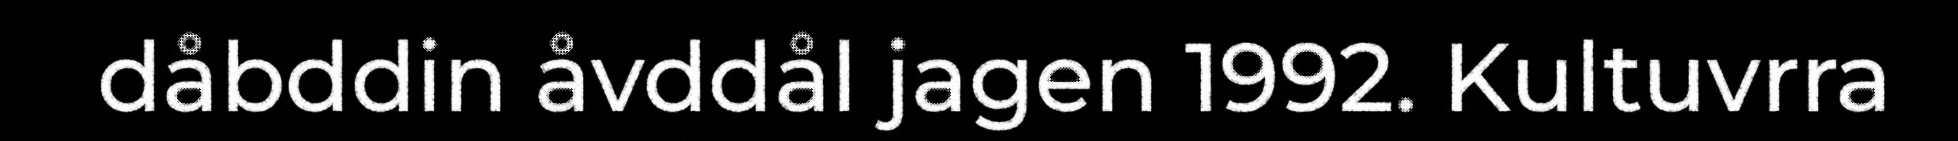
dåbddin åvddål jagen 1992. Kultuvrra